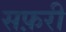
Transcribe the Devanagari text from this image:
सफ़री